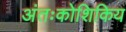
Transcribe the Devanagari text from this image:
अंतःकोशिकिय